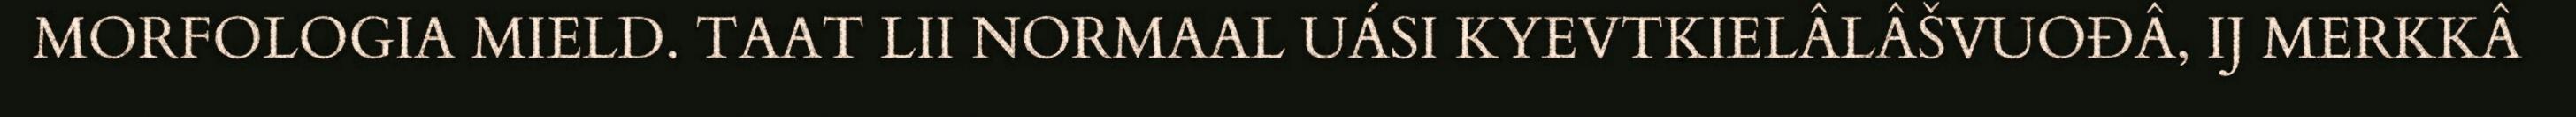
MORFOLOGIA MIELD. TAAT LII NORMAAL UÁSI KYEVTKIELÂLÂŠVUOĐÂ, IJ MERKKÂ